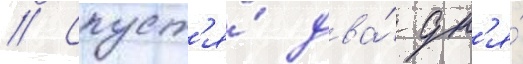
// Спуст'я́ два́ дн'я́